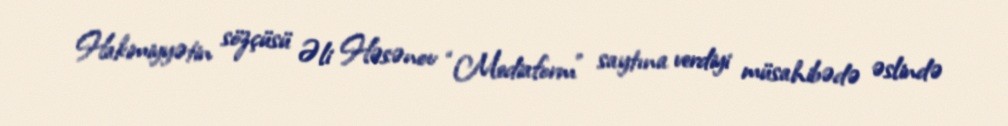
Hakimiyyətin sözçüsü Əli Həsənov “Mediaform” saytına verdiyi müsahibədə əslində